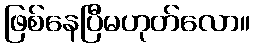
ဖြစ်နေပြီမဟုတ်လော။